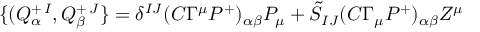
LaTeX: \{ ( Q _ { \alpha } ^ { + \, I } , Q _ { \beta } ^ { + \, J } \} = \delta ^ { I J } ( C \Gamma ^ { \mu } { \cal P } ^ { + } ) _ { \alpha \beta } P _ { \mu } + \tilde { S } _ { I J } ( C \Gamma _ { \mu } { \cal P } ^ { + } ) _ { \alpha \beta } Z ^ { \mu }